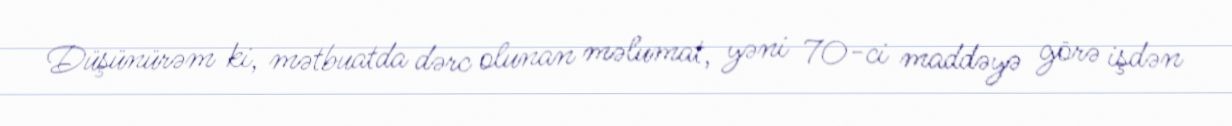
Düşünürəm ki, mətbuatda dərc olunan məlumat, yəni 70-ci maddəyə görə işdən